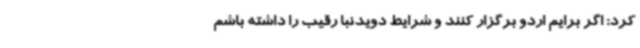
کرد: اگر برایم اردو برگزار کنند و شرایط دویدنبا رقیب را داشته باشم